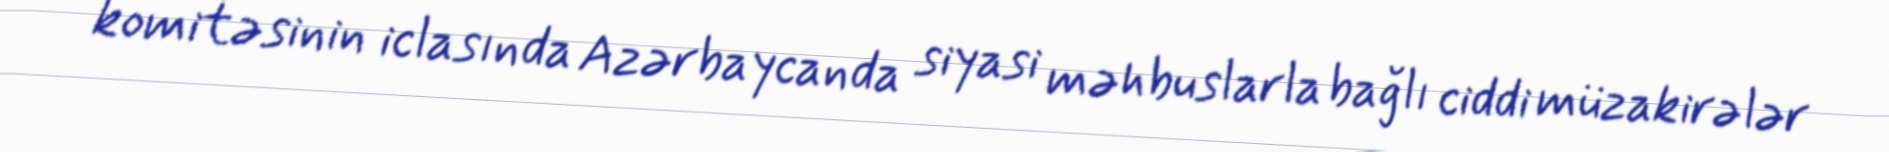
komitəsinin iclasında Azərbaycanda siyasi məhbuslarla bağlı ciddi müzakirələr